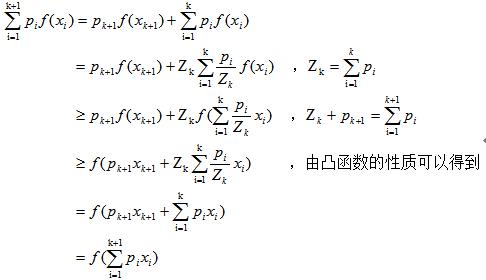
\[
\begin{align*}
\sum_{i = 1}^{k + 1}p_if(x_i)&=p_{k + 1}f(x_{k+1})+\sum_{i = 1}^{k}p_if(x_i)\\
&=p_{k + 1}f(x_{k+1})+Z_{k}\sum_{i = 1}^{k}\frac{p_i}{Z_k}f(x_i)\quad,\ Z_{k}=\sum_{i = 1}^{k}p_i\\
&\geq p_{k + 1}f(x_{k+1})+Z_{k}f(\sum_{i = 1}^{k}\frac{p_i}{Z_k}x_i)\quad,\ Z_{k}+p_{k + 1}=\sum_{i = 1}^{k + 1}p_i\\
&\geq f(p_{k + 1}x_{k+1}+Z_{k}\sum_{i = 1}^{k}\frac{p_i}{Z_k}x_i)\quad,\ 由凸函数的性质可以得到\\
&=f(p_{k + 1}x_{k+1}+\sum_{i = 1}^{k}p_ix_i)\\
&=f(\sum_{i = 1}^{k + 1}p_ix_i)
\end{align*}
\]